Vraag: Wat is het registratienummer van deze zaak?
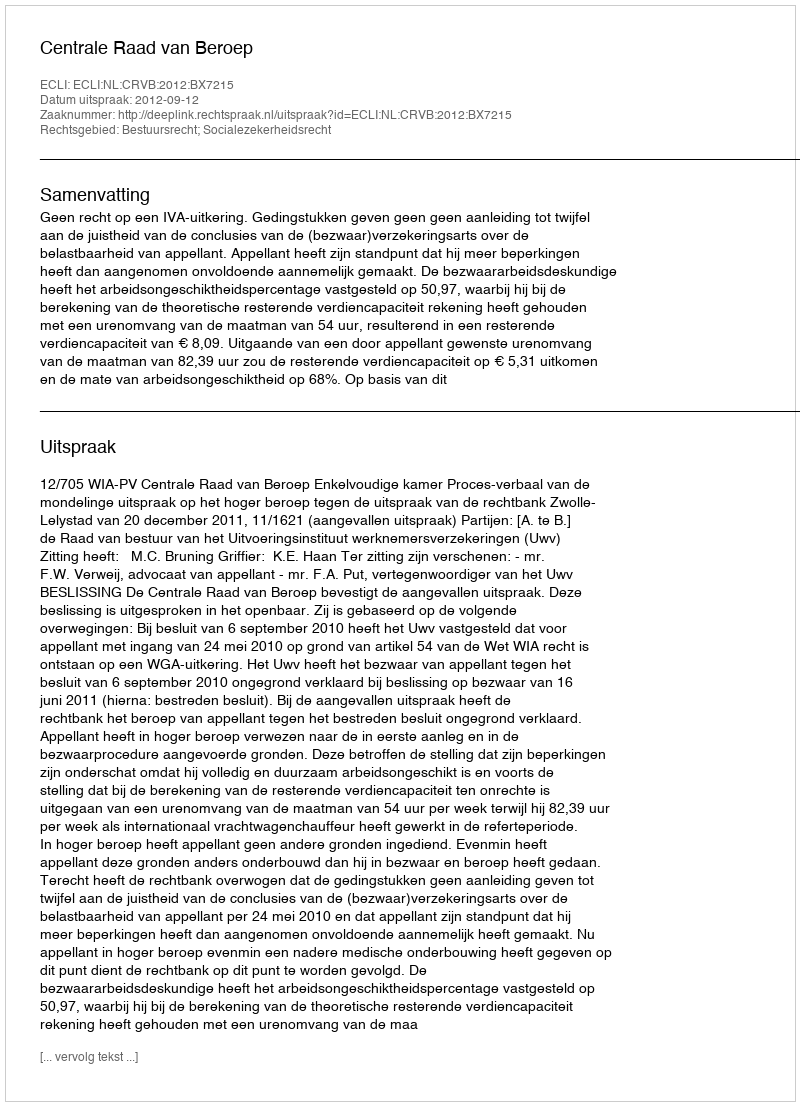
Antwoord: http://deeplink.rechtspraak.nl/uitspraak?id=ECLI:NL:CRVB:2012:BX7215